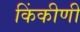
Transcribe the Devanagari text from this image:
किंकीणी